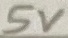
Text: 5V